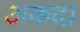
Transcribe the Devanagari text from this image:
अकदा